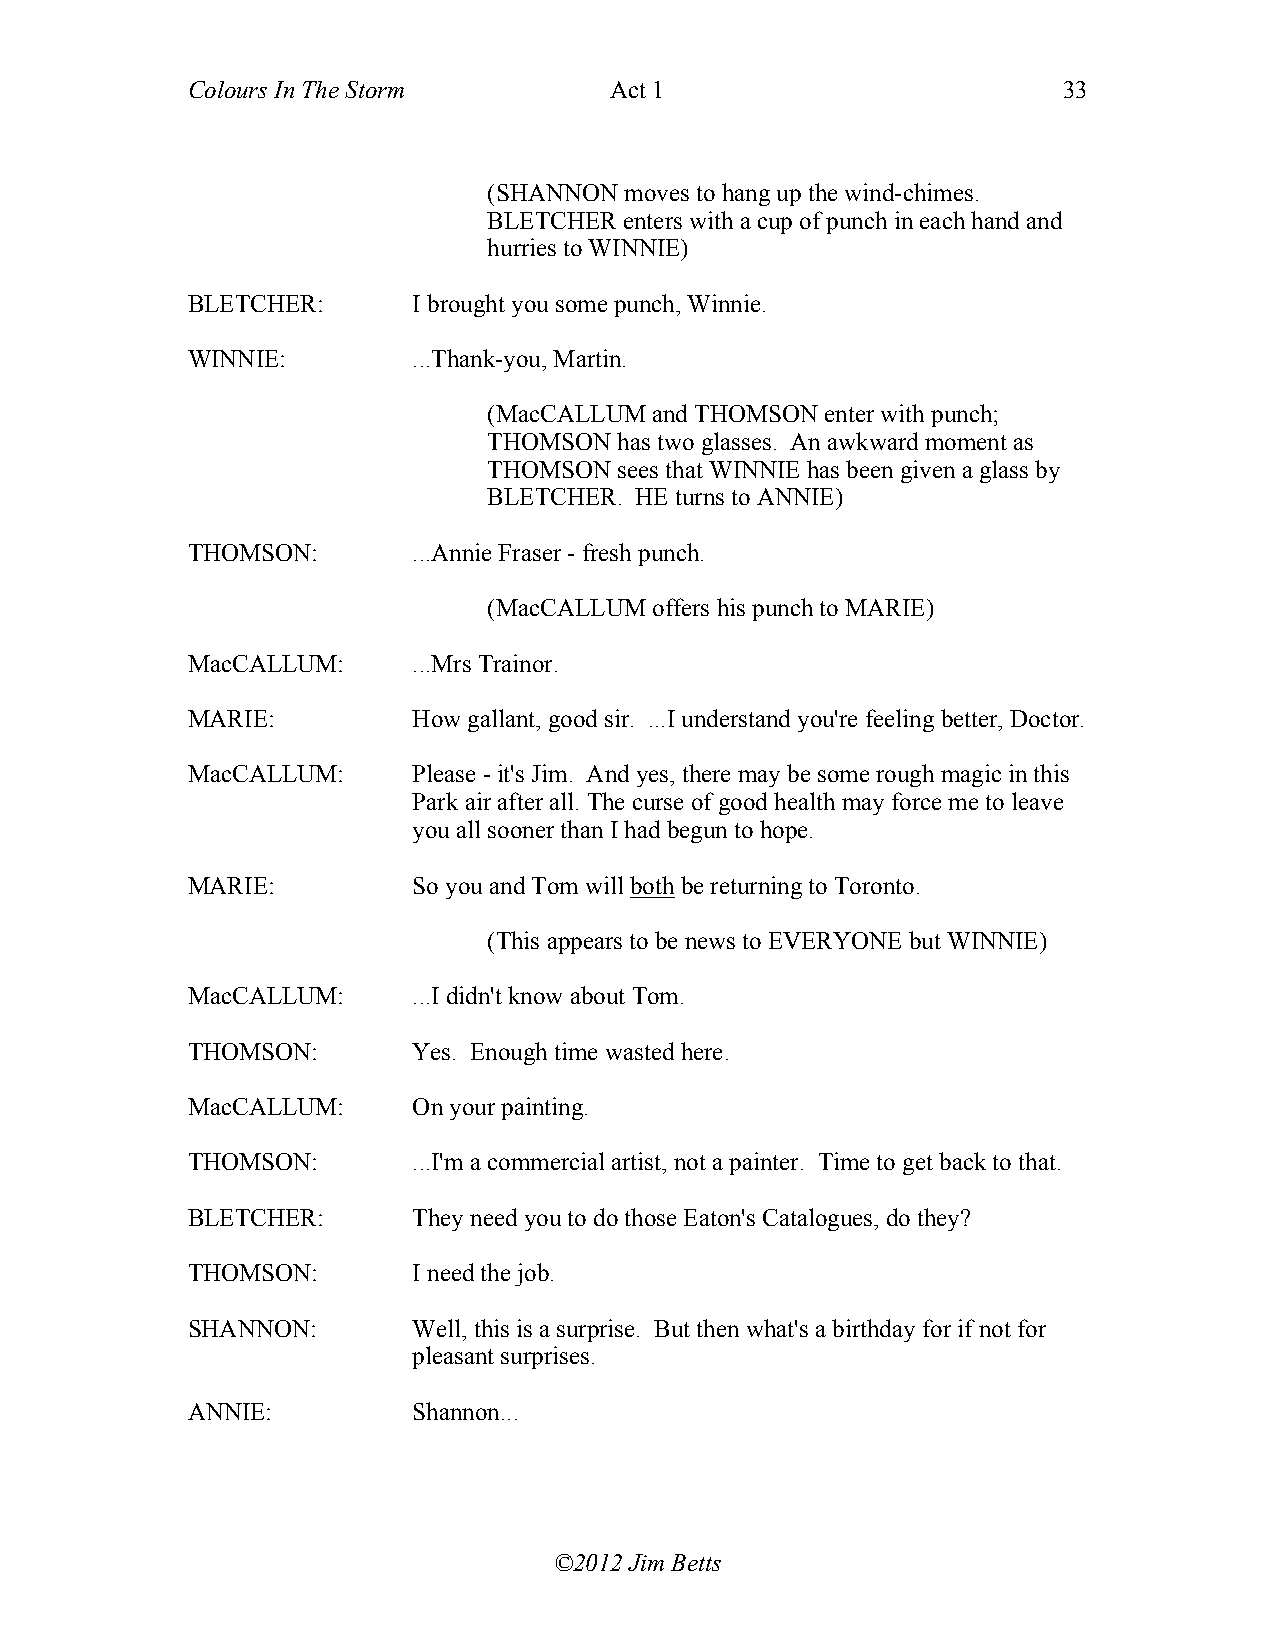
Colours In The Storm        Act 1                         33
 (SHANNON moves to hang up the wind-chimes.
 BLETCHER enters with a cup of punch in each hand and
 hurries to WINNIE)
 BLETCHER:      I brought you some punch, Winnie.
 WINNIE:        ...Thank-you, Martin.
 (MacCALLUM and THOMSON enter with punch;
 THOMSON  has two glasses. An awkward moment as
 THOMSON  sees that WINNIE has been given a glass by
 BLETCHER. HE turns to ANNIE)
 THOMSON:       ...Annie Fraser - fresh punch.
 (MacCALLUM offers his punch to MARIE)
 MacCALLUM:     ...Mrs Trainor.
 MARIE:         How gallant, good sir. ...I understand you're feeling better, Doctor.
 MacCALLUM:     Please - it's Jim. And yes, there may be some rough magic in this
 Park air after all. The curse of good health may force me to leave
 you all sooner than I had begun to hope.
 MARIE:         So you and Tom will both be returning to Toronto.
 (This appears to be news to EVERYONE but WINNIE)
 MacCALLUM:     ...I didn't know about Tom.
 THOMSON:       Yes. Enough time wasted here.
 MacCALLUM:     On your painting.
 THOMSON:       ...I'm a commercial artist, not a painter. Time to get back to that.
 BLETCHER:      They need you to do those Eaton's Catalogues, do they?
 THOMSON:       I need the job.
 SHANNON:       Well, this is a surprise. But then what's a birthday for if not for
 pleasant surprises.
 ANNIE:         Shannon...
 ©2012 Jim Betts